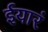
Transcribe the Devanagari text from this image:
ईयारं